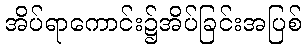
အိပ်ရာကောင်း၌အိပ်ခြင်းအပြစ်